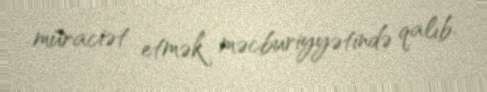
müraciət etmək məcburiyyətində qalıb.